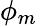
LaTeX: \phi_{m}